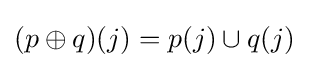
(p\oplus q)(j)=p(j)\cup q(j)